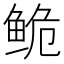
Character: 𬶏